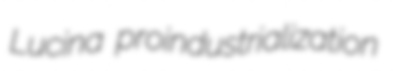
Lucina proindustrialization